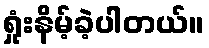
ရှုံးနိမ့်ခဲ့ပါတယ်။